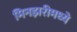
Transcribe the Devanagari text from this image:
मिनझरीमध्ये